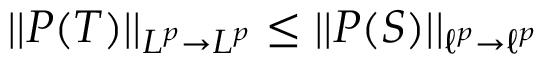
| | P ( T ) | | _ { L ^ { p } \to L ^ { p } } \leq | | P ( S ) | | _ { \ell ^ { p } \to \ell ^ { p } }